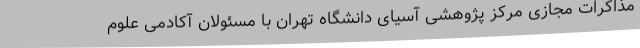
مذاکرات مجازی مرکز پژوهشی آسیای دانشگاه تهران با مسئولان آکادمی علوم